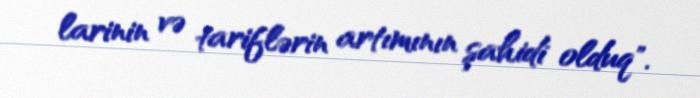
larinin və tariflərin artımının şahidi olduq".